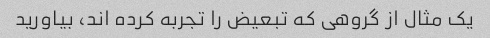
یک مثال از گروهی که تبعیض را تجربه کرده اند، بیاورید